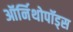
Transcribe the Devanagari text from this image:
ऑर्निथोपॉड्स